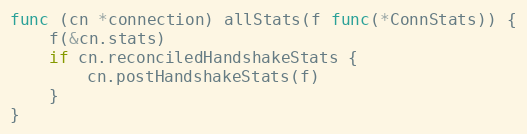
Language: Go
func (cn *connection) allStats(f func(*ConnStats)) {
	f(&cn.stats)
	if cn.reconciledHandshakeStats {
		cn.postHandshakeStats(f)
	}
}